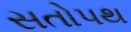
સતોપથ